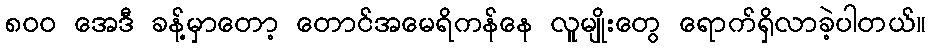
၈၀၀ အေဒီ ခန့်မှာတော့ တောင်အမေရိကန်နေ လူမျိုးတွေ ရောက်ရှိလာခဲ့ပါတယ်။